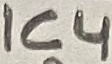
Text: IC4